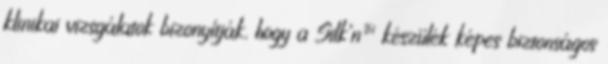
klinikai vizsgálatok bizonyítják, hogy a Silk’n™ készülék képes biztonságos